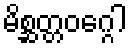
မိစ္ဆတ္တဝဂ္ဂေါ